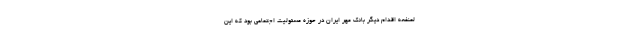
لمنفعه اقدام دیگر بانک مهر ایران در حوزه مسئولیت اجتماعی بود که این